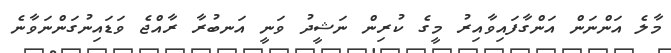
މާލެ އަންނަން އަންގާފައިވާއިރު މީގެ ކުރިން ނަޝީދު ވަނީ އަނބުރާ ރާއްޖެ ވަޑައިނުގަންނަވާނެ